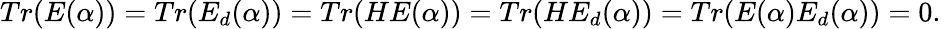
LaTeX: Tr(E(\alpha))=Tr(E_{d}(\alpha))=Tr(HE(\alpha))=Tr(HE_{d}(\alpha))=Tr(E(\alpha)E_{d}(\alpha))=0.